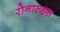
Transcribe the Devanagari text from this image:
रोनाल्ड्स